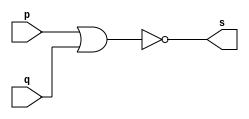
// ------------------------- 
// Exercicio0002 - NOR 
// Nome: Gabriel Luiz M. G. Vieira 
// ------------------------- 
// ------------------------- 
// -- nor gate 
// ------------------------- 
module norgate ( output s, 
input p, q); 
assign s = ~(p | q); 
endmodule // norgate 
// --------------------- 
// -- test nor gate 
// --------------------- 
module testnorgate; 
// ------------------------- dados locais 
reg a, b; // definir registradores 
wire s; // definir conexao (fio) 
// ------------------------- instancia 
norgate NOR1 (s, a, b); 
// ------------------------- preparacao 
initial begin:start 
// atribuicao simultanea 
// dos valores iniciais 
a=0; b=0; 
end 
// ------------------------- parte principal 
initial begin 
$display("Exercicio0002 - Gabriel Luiz M. G. Vieira - 441691"); 
$display("Test NOR gate"); 
$display("\n~(a | b) = s\n"); 
$monitor("%b & %b = %b", a, b, s); 
#1a=0; b=0;  
#1a=0; b=1; 
#1a=1; b=0; 
#1a=1; b=1; 
end 
endmodule // testorgate